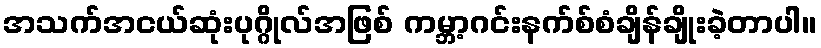
အသက်အငယ်ဆုံးပုဂ္ဂိုလ်အဖြစ် ကမ္ဘာ့ဂင်းနက်စ်စံချိန်ချိုးခဲ့တာပါ။